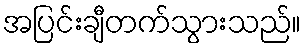
အပြင်းချီတက်သွားသည်။